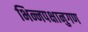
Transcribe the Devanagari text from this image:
भिन्नपक्षानुगण